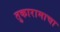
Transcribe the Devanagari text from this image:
तुकारामाचा